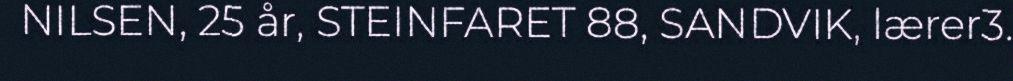
NILSEN, 25 år, STEINFARET 88, SANDVIK, lærer3.